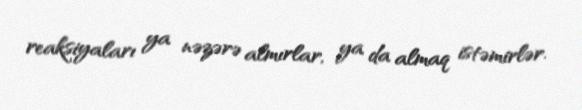
reaksiyaları ya nəzərə almırlar, ya da almaq istəmirlər.